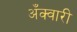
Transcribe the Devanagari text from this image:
अँक्वारी